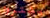
يشتروا